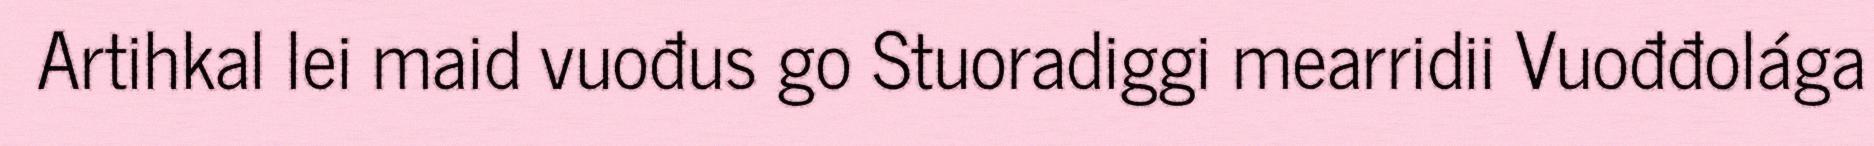
Artihkal lei maid vuođus go Stuoradiggi mearridii Vuođđolága